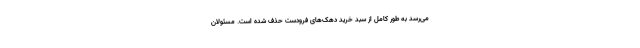
می‌رسد به طور کامل از سبد خرید دهک‌های فرودست حذف شده است. مسئولان